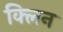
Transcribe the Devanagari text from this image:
क्‍लिन